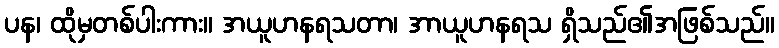
ပန၊ ထိုမှတစ်ပါးကား။ အယူဟနရသတာ၊ အာယူဟနရသ ရှိသည်၏အဖြစ်သည်။